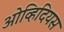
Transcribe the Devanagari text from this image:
ओव्हिदियस